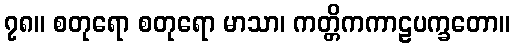
၇၈။ စတုရော စတုရော မာသာ၊ ကတ္တိကကာဠပက္ခတော။